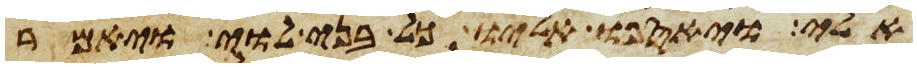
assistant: אלי ויאספו אליו כל בני לוי ויאמר